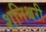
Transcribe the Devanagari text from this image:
शनिश्चरी